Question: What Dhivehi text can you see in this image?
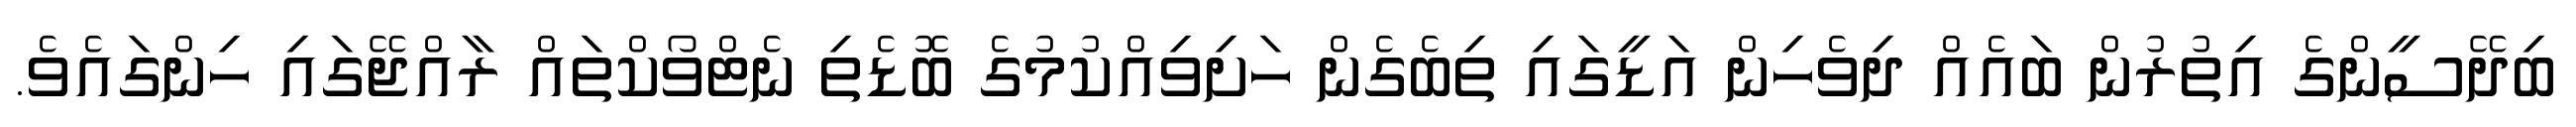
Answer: ބިދޭސީންގެ އިތުރުން ބައެއް ދިވެހިން އަޑީގައި ތިބެގެން ހަށިވިއްކުމުގެ ބޮޑެތި ނެޓްވޯކްތައް ރާއްޖޭގައި ހިންގައެވެ.